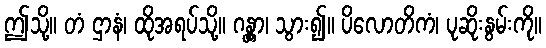
ဤသို့။ တံ ဌာနံ၊ ထိုအရပ်သို့။ ဂန္တွာ၊ သွား၍။ ပိလောတိကံ၊ ပုဆိုးနွမ်းကို။